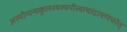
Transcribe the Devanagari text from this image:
अस्थीन्यन्यकुलस्थस्यनीत्वाचांद्रायणंचरेत्